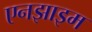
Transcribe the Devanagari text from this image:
एनझाइम